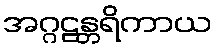
အဂ္ဂဠန္တရိကာယ